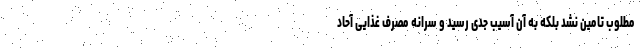
مطلوب تامین نشد بلکه به آن آسیب جدی رسید و سرانه مصرف‌ غذایی آحاد